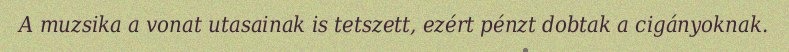
A muzsika a vonat utasainak is tetszett, ezért pénzt dobtak a cigányoknak.